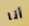
أنا